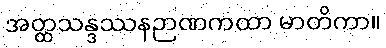
အတ္ထသန္ဒဿနဉာဏကထာ မာတိကာ။